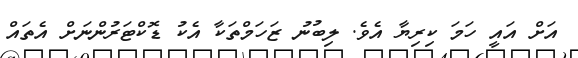
އަށް އައީ ހަމަ ކިރިޔާ އެވެ. ލިބުނު ޒަހަމްތަކާ އެކު ޑޮކްޓަރުންނަށް އެތައް